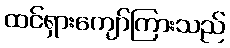
ထင်ရှားကျော်ကြားသည်